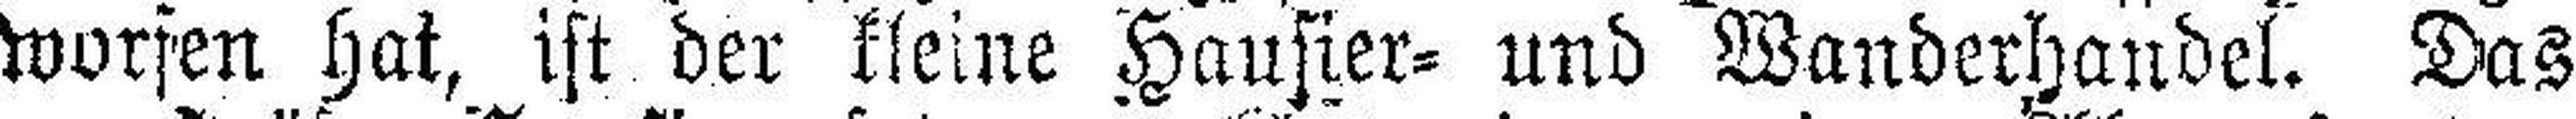
worfen hat, ist der kleine Hausier= und Wanderhandel. Das